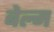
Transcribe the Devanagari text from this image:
बेल्म